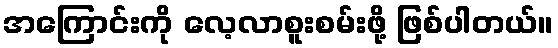
အကြောင်းကို လေ့လာစူးစမ်းဖို့ ဖြစ်ပါတယ်။